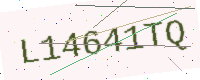
Text: L14641TQ